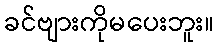
ခင်ဗျားကိုမပေးဘူး။